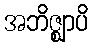
အဘိဇ္ဈာပိ